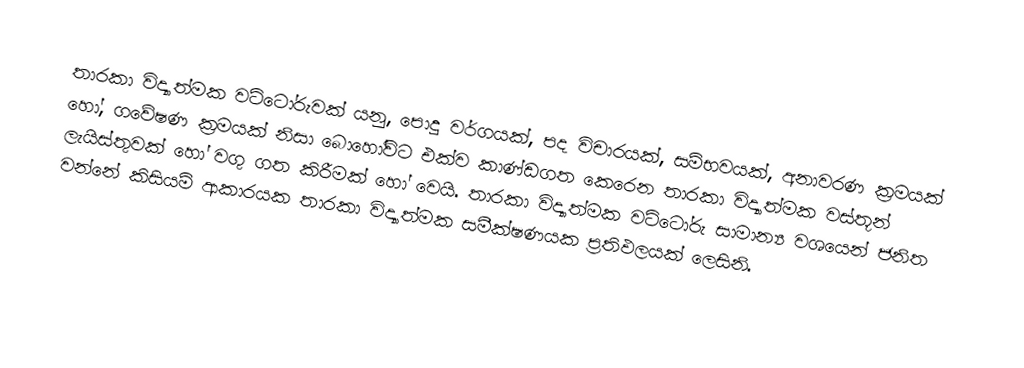
තාරකා විද්‍යාත්මක වට්ටෝරුවක් යනු, පොදු වර්ගයක්, පද විචාරයක්, සම්භවයක්, අනාවරණ ක්‍රමයක් හෝ, ගවේෂණ ක්‍රමයක් නිසා බොහෝවිට එක්ව කාණ්ඩගත කෙරෙන තාරකා විද්‍යාත්මක වස්තූන් ලැයිස්තුවක් හෝ වගු ගත කිරීමක් හෝ වෙයි. තාරකා විද්‍යාත්මක වට්ටෝරු සාමාන්‍ය වශයෙන් ජනිත වන්නේ කිසියම් ආකාරයක තාරකා විද්‍යාත්මක සමීක්ෂණයක ප්‍රතිඵලයක් ලෙසිනි.